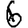
Digit: 6